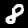
Digit: 8